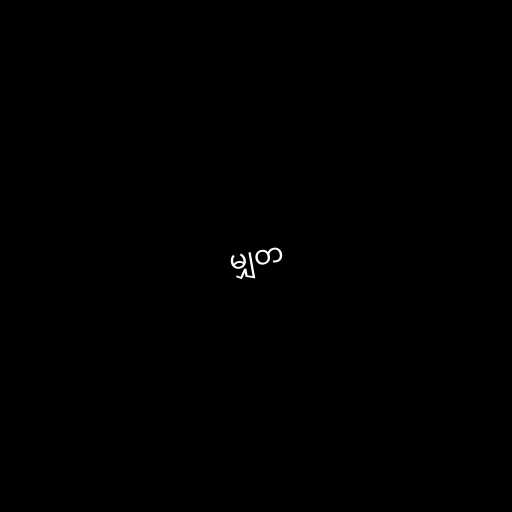
မျှတ